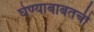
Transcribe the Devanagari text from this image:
घेण्याबाबतची